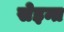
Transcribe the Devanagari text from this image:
सेइन्त